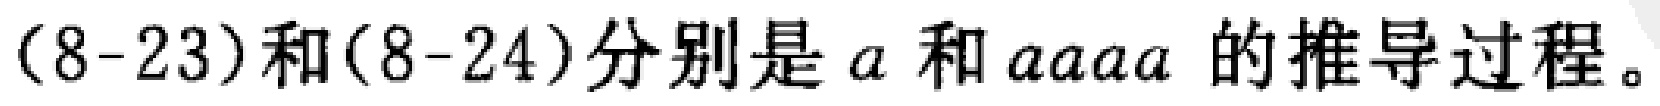
$(8 - 23)和(8 - 24)分别是a和aaaa的推导过程。$